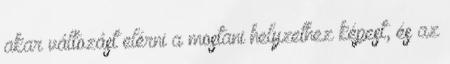
akar változást elérni a mostani helyzethez képest, és az